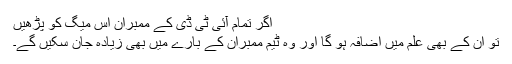
اگر تمام آئی ٹی ڈی کے ممبران اس میگ کو پڑھیں
تو ان کے بھی علم میں اضافہ ہو گا اور وہ ٹیم ممبران کے بارے میں بھی زیادہ جان سکیں گے۔